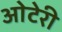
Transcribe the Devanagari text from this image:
ओटेरी